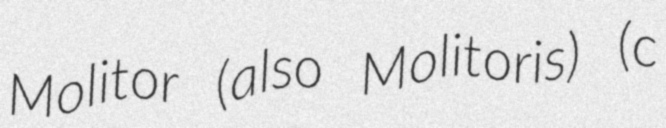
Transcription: Molitor (also Molitoris) (c